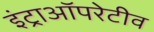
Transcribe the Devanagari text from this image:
इंट्राऑपरेटीव